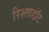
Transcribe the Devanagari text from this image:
रिश्ताडॉट